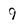
Character: 9